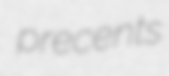
precents